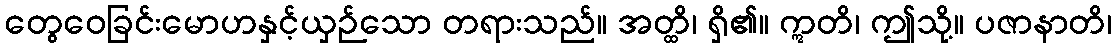
တွေဝေခြင်းမောဟနှင့်ယှဉ်သော တရားသည်။ အတ္ထိ၊ ရှိ၏။ ဣတိ၊ ဤသို့။ ပဇာနာတိ၊